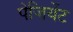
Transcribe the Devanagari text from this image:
पेजियेंट